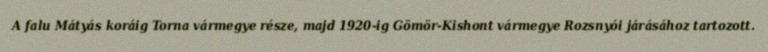
A falu Mátyás koráig Torna vármegye része, majd 1920-ig Gömör-Kishont vármegye Rozsnyói járásához tartozott.